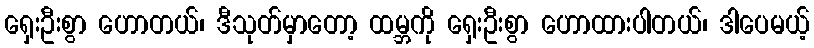
ရှေးဦးစွာ ဟောတယ်၊ ဒီသုတ်မှာတော့ ထမ္ဘကို ရှေးဦးစွာ ဟောထားပါတယ်၊ ဒါပေမယ့်